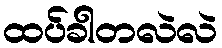
ထပ်ခါတလဲလဲ